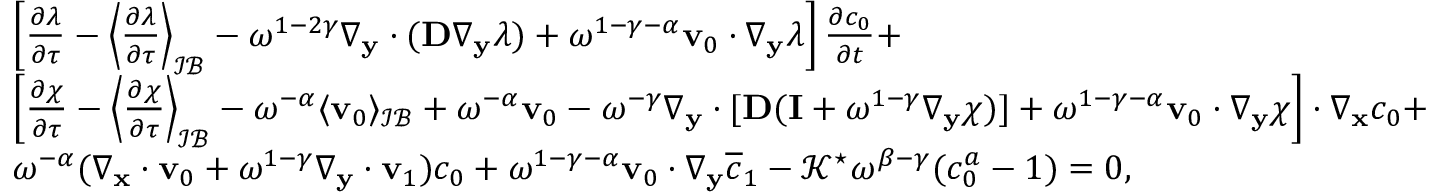
\begin{array} { r l } & { \left[ \frac { \partial \lambda } { \partial \tau } - \left\langle \frac { \partial \lambda } { \partial \tau } \right\rangle _ { \mathcal { I B } } - \omega ^ { 1 - 2 \gamma } \nabla _ { \mathbf y } \cdot ( \mathbf D \nabla _ { \mathbf y } \lambda ) + \omega ^ { 1 - \gamma - \alpha } \mathbf v _ { 0 } \cdot \nabla _ { \mathbf y } \lambda \right] \frac { \partial c _ { 0 } } { \partial t } + } \\ & { \left[ \frac { \partial \boldsymbol \chi } { \partial \tau } - \left\langle \frac { \partial \boldsymbol \chi } { \partial \tau } \right\rangle _ { \mathcal { I B } } - \omega ^ { - \alpha } \langle \mathbf v _ { 0 } \rangle _ { \mathcal { I B } } + \omega ^ { - \alpha } \mathbf v _ { 0 } - \omega ^ { - \gamma } \nabla _ { \mathbf y } \cdot [ \mathbf D ( \mathbf I + \omega ^ { 1 - \gamma } \nabla _ { \mathbf y } \boldsymbol \chi ) ] + \omega ^ { 1 - \gamma - \alpha } \mathbf v _ { 0 } \cdot \nabla _ { \mathbf y } \boldsymbol \chi \right] \cdot \nabla _ { \mathbf x } c _ { 0 } + } \\ & { \omega ^ { - \alpha } ( \nabla _ { \mathbf x } \cdot \mathbf v _ { 0 } + \omega ^ { 1 - \gamma } \nabla _ { \mathbf y } \cdot \mathbf v _ { 1 } ) c _ { 0 } + \omega ^ { 1 - \gamma - \alpha } \mathbf v _ { 0 } \cdot \nabla _ { \mathbf y } \overline { c } _ { 1 } - \mathcal { K } ^ { \star } \omega ^ { \beta - \gamma } ( c _ { 0 } ^ { a } - 1 ) = 0 , } \end{array}